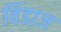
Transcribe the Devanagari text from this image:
विंडाज